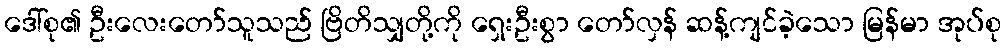
ဒေါ်စု၏ ဦးလေးတော်သူသည် ဗြိတိသျှတို့ကို ရှေးဦးစွာ တော်လှန် ဆန့်ကျင်ခဲ့သော မြန်မာ အုပ်စု